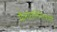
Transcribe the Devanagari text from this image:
मैलारालिंगेस्वामी